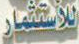
للاستثمار